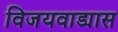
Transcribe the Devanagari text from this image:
विजयवाड्यास